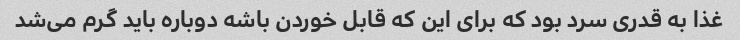
غذا به قدری سرد بود که برای این که قابل خوردن باشه دوباره باید گرم می‌شد